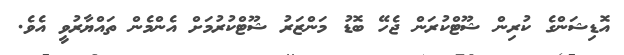
އޮޑިޝަންގެ ކުރިން ޝޫޓްކުރަން ޖެހޭ ބޮޑު މަންޒަރު ޝޫޓްކުރުމަށް އެންމެން ތައްޔާރުވީ އެވެ.